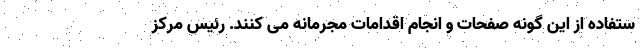
ستفاده از این گونه صفحات و انجام اقدامات مجرمانه می کنند. رئیس مرکز